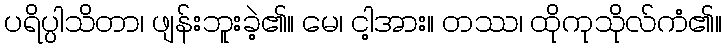
ပရိပ္ပါသိတာ၊ ဖျန်းဘူးခဲ့၏။ မေ၊ ငါ့အား။ တဿ၊ ထိုကုသိုလ်ကံ၏။